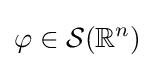
\varphi \in {\mathcal {S}}(\mathbb {R} ^{n})